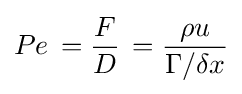
Pe\,={\frac {F}{D}}\,={\frac {\rho u}{\Gamma /\delta x}}